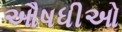
ઔષધીઓ